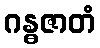
ဂန္ဓဇာတံ